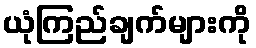
ယုံကြည်ချက်များကို